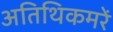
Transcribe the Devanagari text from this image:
अतिथिकमरें